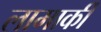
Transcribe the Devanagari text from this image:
लामार्की